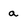
Character: a